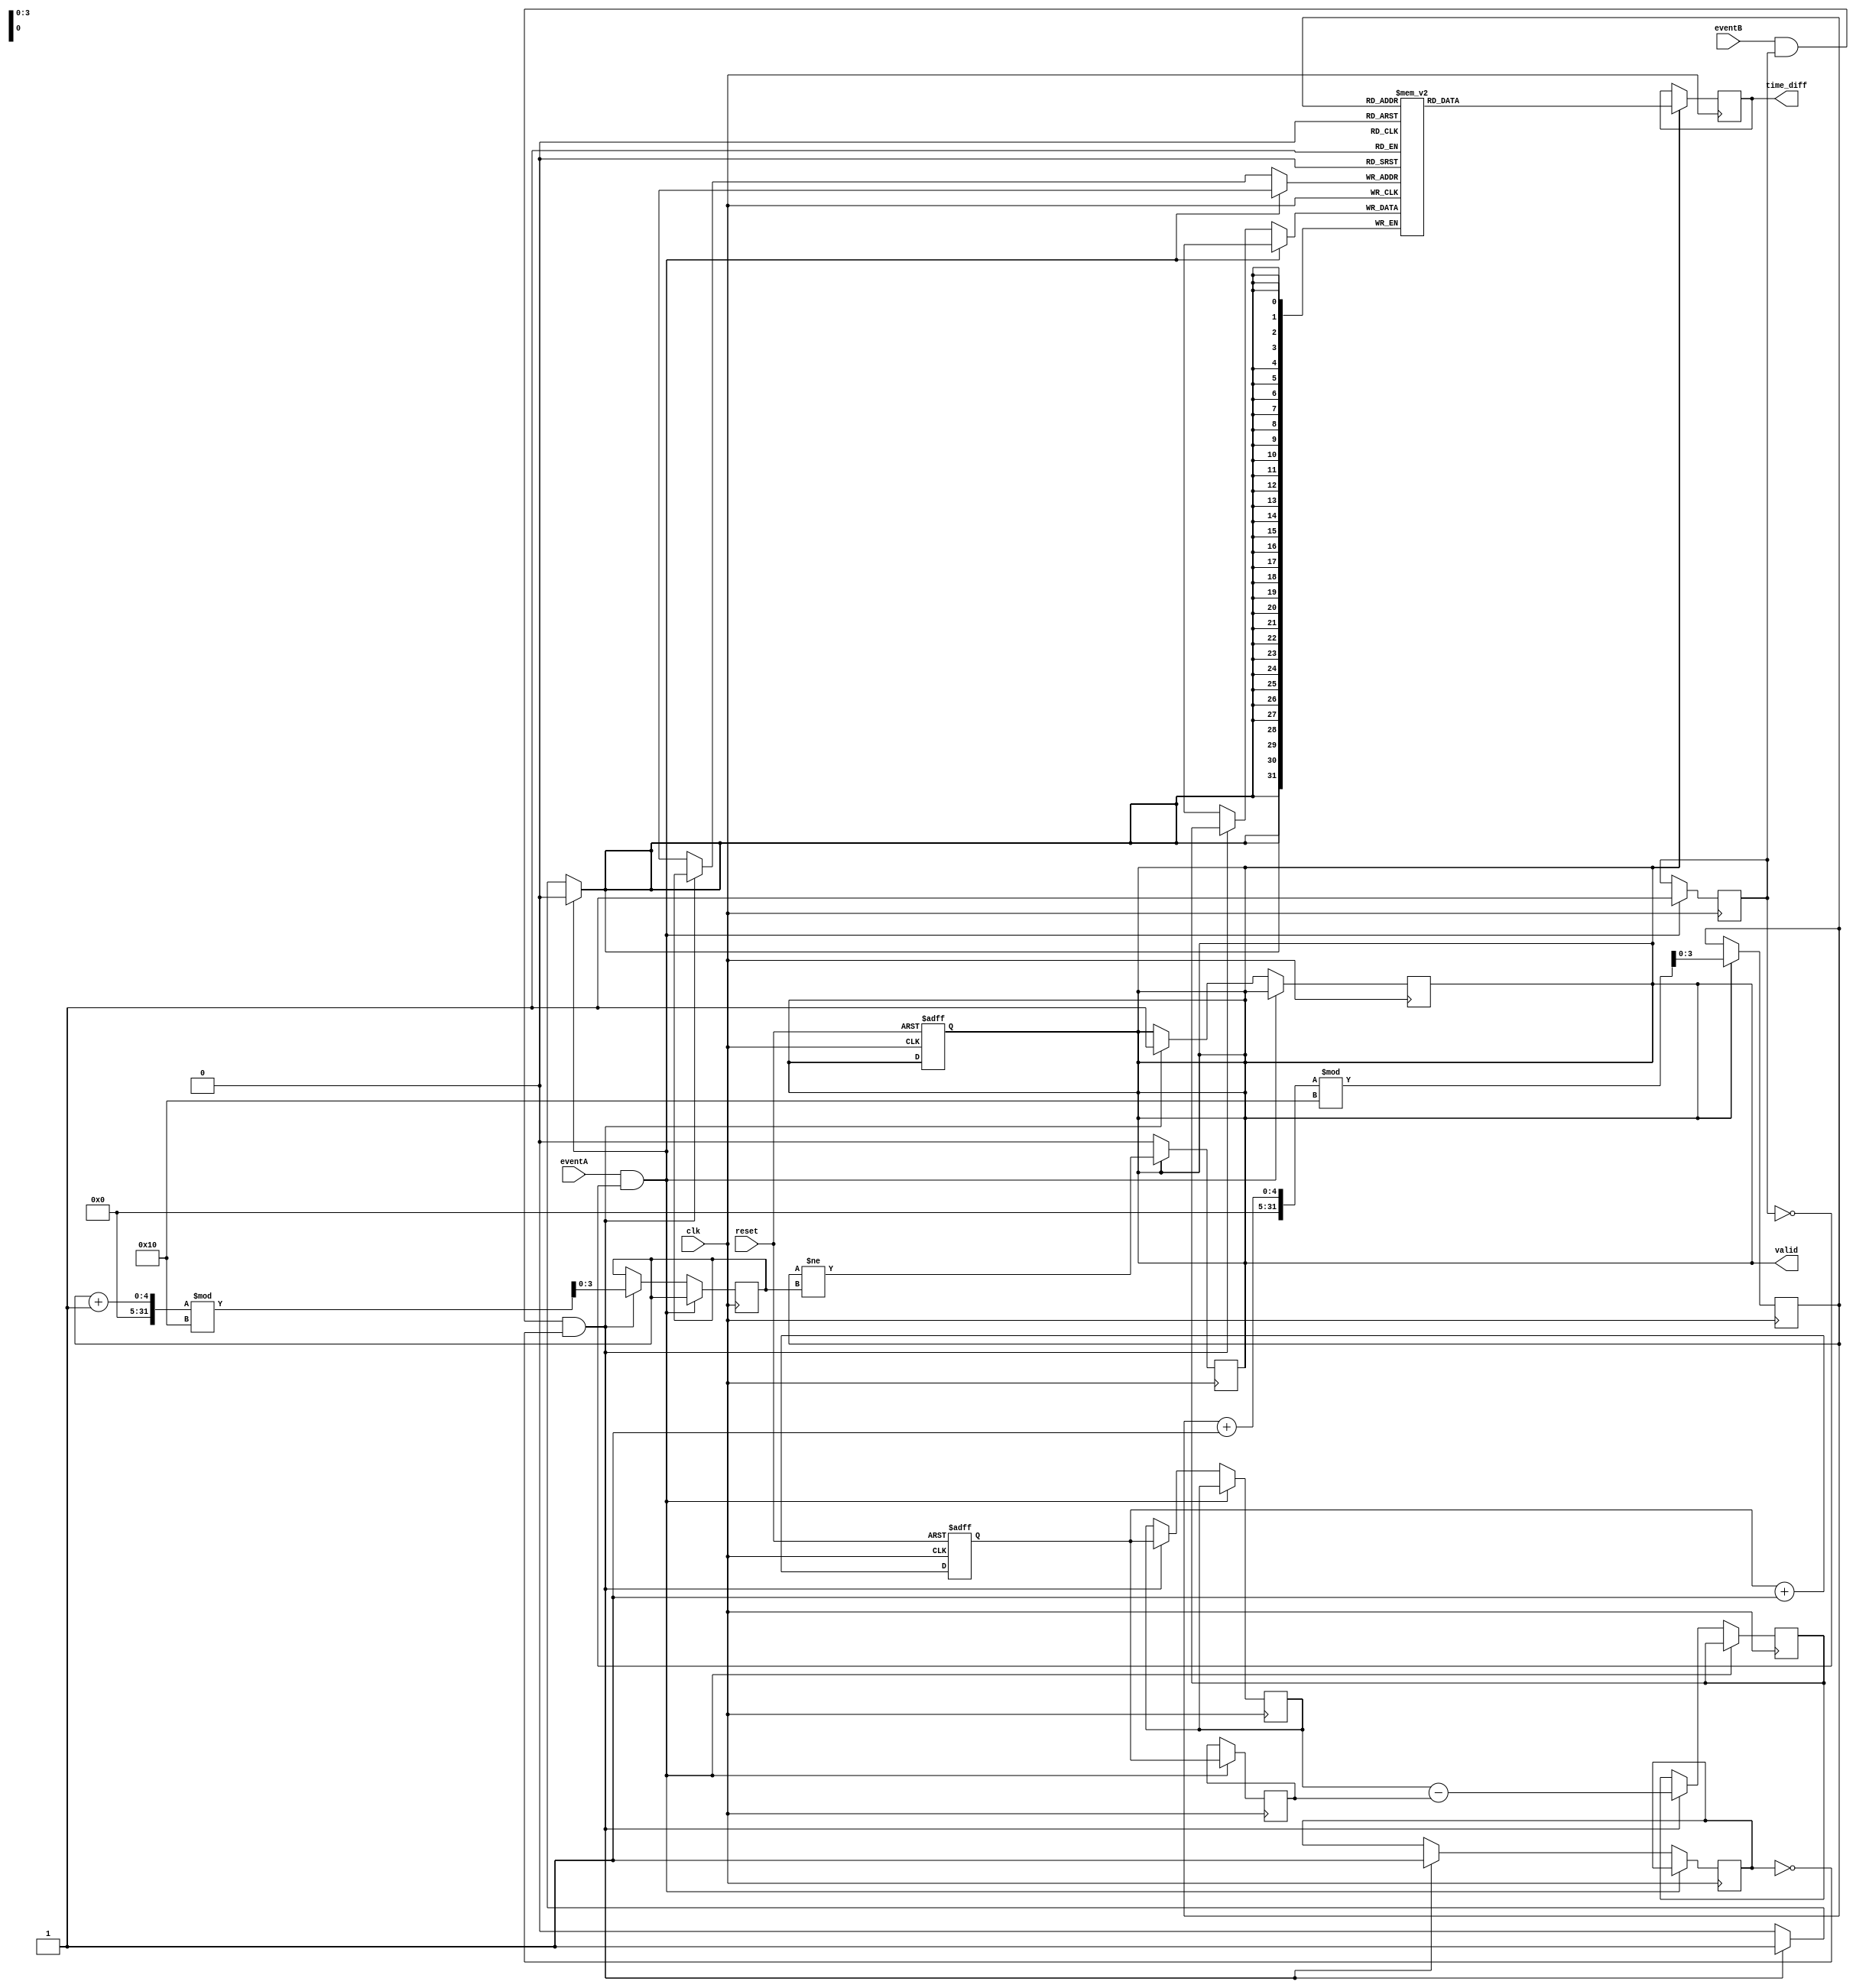
module Hybrid_TDC (
    input wire clk,                // High-frequency clock
    input wire reset,              // Reset signal
    input wire eventA,             // Input event A
    input wire eventB,             // Input event B
    output reg [31:0] time_diff,   // Time difference output
    output reg valid               // Valid output signal
);

    // Parameters
    localparam MEMORY_SIZE = 16;   // Number of memory cells

    // Time Measurement Unit
    reg [31:0] time_counter;        // Time counter
    reg [31:0] eventA_time;         // Time of event A
    reg [31:0] eventB_time;         // Time of event B
    reg eventA_detected = 0;        // Flag for event A detection
    reg eventB_detected = 0;        // Flag for event B detection

    // Memory Block
    reg [31:0] memory [0:MEMORY_SIZE-1]; // Memory array
    reg [3:0] write_address;         // Write address for memory
    reg [3:0] read_address;          // Read address for memory

    // Digital Processing Unit
    reg [31:0] temp_time_diff;       // Temporary time difference storage

    // Initialization
    initial begin
        time_counter = 32'b0;
        write_address = 4'b0;
        valid = 0;
    end

    // Time Counter Process
    always @(posedge clk or posedge reset) begin
        if (reset) begin
            time_counter <= 32'b0;
            valid <= 0;
        end else begin
            time_counter <= time_counter + 1; // Increment time counter
        end
    end

    // Event Detection
    always @(posedge clk) begin
        if (eventA && !eventA_detected) begin
            eventA_time <= time_counter;    // Capture time of event A
            eventA_detected <= 1;            // Set flag for event A detected
        end else if (eventB && eventA_detected && !eventB_detected) begin
            eventB_time <= time_counter;    // Capture time of event B
            eventB_detected <= 1;            // Set flag for event B detected

            // Calculate time difference and store in memory
            temp_time_diff <= eventB_time - eventA_time;
            memory[write_address] <= temp_time_diff; // Store result in memory
            write_address <= (write_address + 1) % MEMORY_SIZE; // Update address
            valid <= 1; // Set valid output
        end
    end

    // Output Process
    always @(posedge clk) begin
        if (valid) begin
            time_diff <= memory[read_address]; // Output the stored time difference
            read_address <= (read_address + 1) % MEMORY_SIZE; // Update read address
            valid <= (read_address != write_address); // Check if there's valid data
        end
    end

endmodule